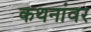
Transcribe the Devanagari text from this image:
कथनांवर